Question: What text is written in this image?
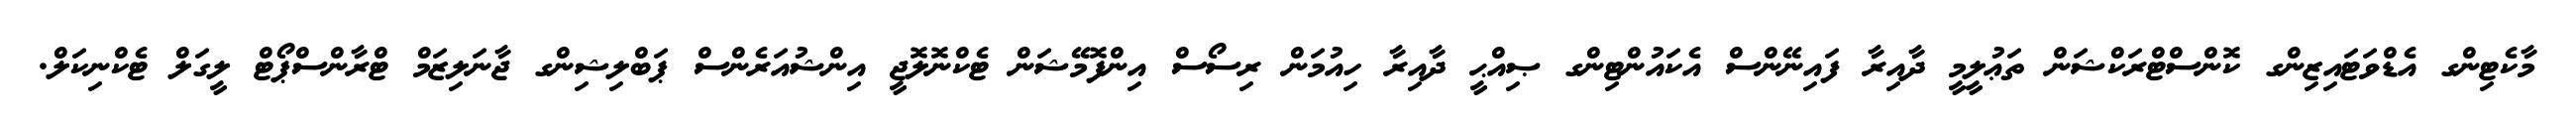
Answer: މާކެޓިންގ އެޑްވަޓައިޒިންގ ކޮންސްޓްރަކްޝަން ތަޢުލީމީ ދާއިރާ ފައިނޭންސް އެކައުންޓިންގ ޞިއްޙީ ދާއިރާ ހިއުމަން ރިސޯސް އިންފޮމޭޝަން ޓެކްނޮލޮޖީ އިންޝުއަރެންސް ޕަބްލިޝިންގ ޖާނަލިޒަމް ޓްރާންސްޕޯޓް ލީގަލް ޓެކްނިކަލް.